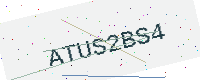
Text: ATUS2BS4